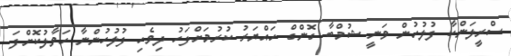
ސްރީލަންކާ ފުލުހުން ވަނީ ޝުމްބާ ގޮންގް ހައްޔަރު ކުރުމަށްފަހު ދިވެހި ފުލުހުންނާ ހަވާލުކޮށްފަ